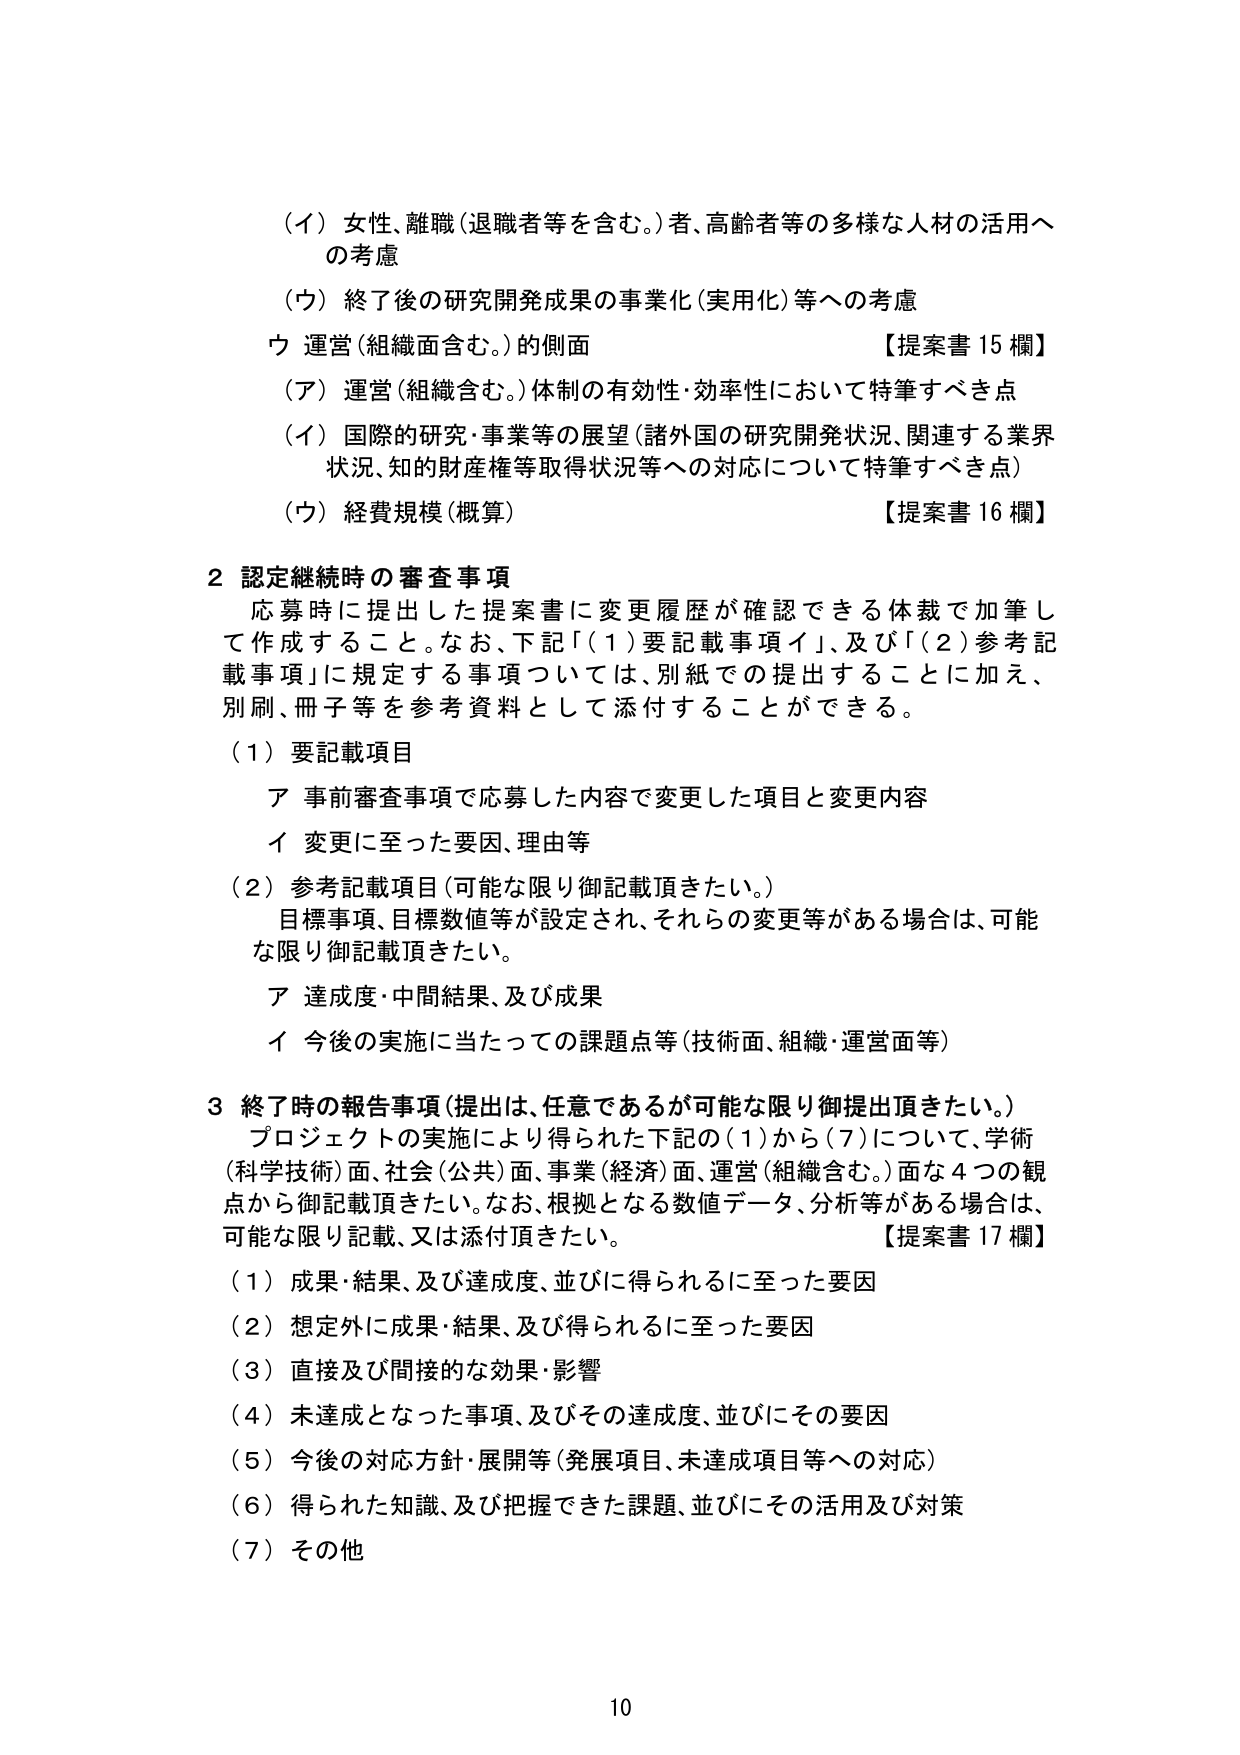
（イ）女性、離職（退職者等を含む。）者、高齢者等の多様な人材の活用への考慮
（ウ）終了後の研究開発成果の事業化（実用化）等への考慮
ウ 運営（組織面含む。）的側面 【提案書 15 欄】
（ア）運営（組織含む。）体制の有効性・効率性において特筆すべき点
（イ）国際的研究・事業等の展望（諸外国の研究開発状況、関連する業界状況、知的財産権等取得状況等への対応について特筆すべき点）
（ウ）経費規模（概算） 【提案書 16 欄】

2 認定継続時の審査事項
応募時に提出した提案書に変更履歴が確認できる体裁で加筆して作成すること。なお、下記「（1）要記載事項イ」、及び「（2）参考記載事項」に規定する事項については、別紙での提出することに加え、別刷、冊子等を参考資料として添付することができる。
（1）要記載項目
ア 事前審査事項で応募した内容で変更した項目と変更内容
イ 変更に至った要因、理由等
（2）参考記載項目（可能な限り御記載頂きたい。）
目標事項、目標数値等が設定され、それらの変更等がある場合は、可能な限り御記載頂きたい。
ア 達成度・中間結果、及び成果
イ 今後の実施に当たっての課題点等（技術面、組織・運営面等）

3 終了時の報告事項（提出は、任意であるが可能な限り御提出頂きたい。）
プロジェクトの実施により得られた下記の（1）から（7）について、学術（科学技術）面、社会（公共）面、事業（経済）面、運営（組織含む。）面な4つの観点から御記載頂きたい。なお、根拠となる数値データ、分析等がある場合は、可能な限り記載、又は添付頂きたい。 【提案書 17 欄】
（1）成果・結果、及び達成度、並びに得られるに至った要因
（2）想定外に成果・結果、及び得られるに至った要因
（3）直接及び間接的な効果・影響
（4）未達成となった事項、及びその達成度、並びにその要因
（5）今後の対応方針・展開等（発展項目、未達成項目等への対応）
（6）得られた知識、及び把握できた課題、並びにその活用及び対策
（7）その他

10